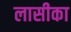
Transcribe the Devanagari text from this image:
लासीका